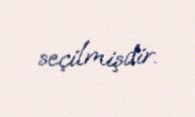
seçilmişdir.